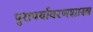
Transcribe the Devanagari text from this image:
पुरापर्यावरणशास्त्र